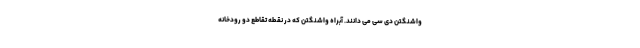
واشنگتن دی سی می دانند. آبراه واشنگتن که در نقطه تقاطع دو رودخانه